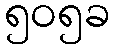
၅၀၅ခ